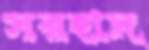
সরহাদ